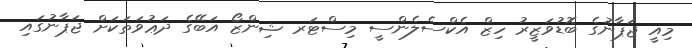
މިއީ ޖަޕާނުގެ ބޮޑުވަޒީރު ހިޒް އެކްސެލެންސީ މިސްޓަރ ޝިންޒޯ އަބޭގެ ދަޢުވަތަކަށް ޖަޕާނުގައި